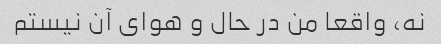
نه، واقعا من در حال و هوای آن نیستم